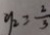
y _ { 2 } = \frac { 2 } { 3 }